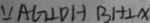
\because A G \bot D H B H \bot x